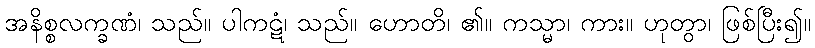
အနိစ္စလက္ခဏံ၊ သည်။ ပါကဋံ၊ သည်။ ဟောတိ၊ ၏။ ကသ္မာ၊ ကား။ ဟုတွာ၊ ဖြစ်ပြီး၍။